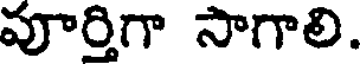
వూర్తిగా సాగాలి.